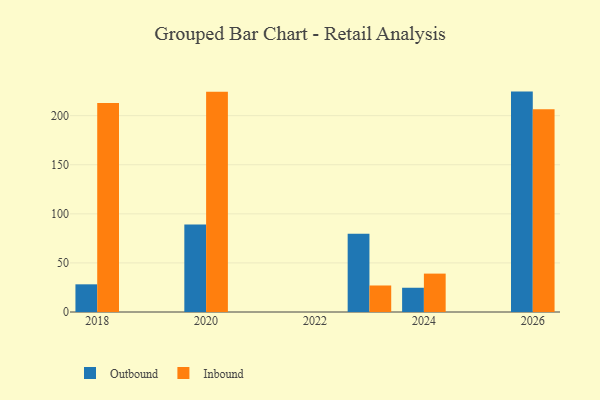
{"axis": {"x": "Year", "y": "Website Visitors"}, "legend": ["Inbound", "Outbound"], "data": [{"x": "2026", "y": 224.5, "type": "Outbound"}, {"x": "2026", "y": 206.4, "type": "Inbound"}, {"x": "2020", "y": 89.2, "type": "Outbound"}, {"x": "2020", "y": 224.3, "type": "Inbound"}, {"x": "2018", "y": 28.2, "type": "Outbound"}, {"x": "2018", "y": 212.9, "type": "Inbound"}, {"x": "2024", "y": 24.7, "type": "Outbound"}, {"x": "2024", "y": 39.1, "type": "Inbound"}, {"x": "2023", "y": 79.7, "type": "Outbound"}, {"x": "2023", "y": 27.0, "type": "Inbound"}]}